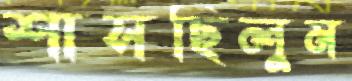
শাসছিলুম